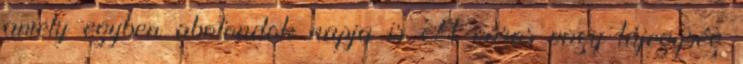
amely egyben abolondok napja is A város vagy tájegység